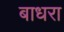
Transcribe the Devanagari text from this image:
बाधरा